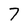
Character: 7